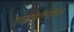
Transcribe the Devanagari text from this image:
हाइपोथैलेमिक